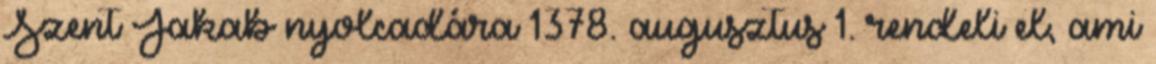
Szent Jakab nyolcadára 1378. augusztus 1. rendeli el, ami